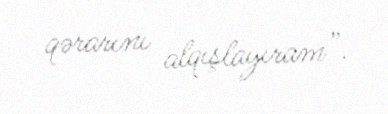
qərarını alqışlayıram”.